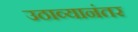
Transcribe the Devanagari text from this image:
उठाव्यानंतर